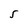
Character: S